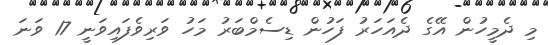
މި ދެމީހުން އޭގެ ދެއަހަރު ފަހުން ޑިސެމްބަރު މަހު ވަރިވެފައިވަނީ 17 ވަނަ